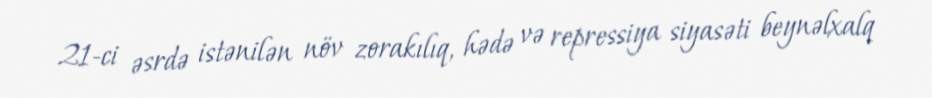
21-ci əsrdə istənilən növ zorakılıq, hədə və repressiya siyasəti beynəlxalq